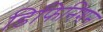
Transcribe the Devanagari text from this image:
डिफिनिशन